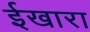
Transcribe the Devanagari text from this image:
ईखारा